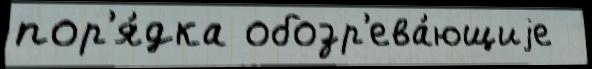
пор'я́дка обозр'ева́ющиjе